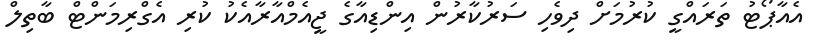
އެއާޕޯޓު ތަރައްގީ ކުރުމަށް ދިވެހި ސަރުކާރުން އިންޑިއާގެ ޖީއެމްއާރާއެކު ކުރި އެގްރިމަންޓް ބާތިލް